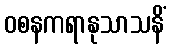
ဝစနကရာနုသာသနိံ